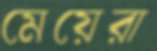
মেয়েরা